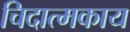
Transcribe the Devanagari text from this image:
चिदात्मकाय